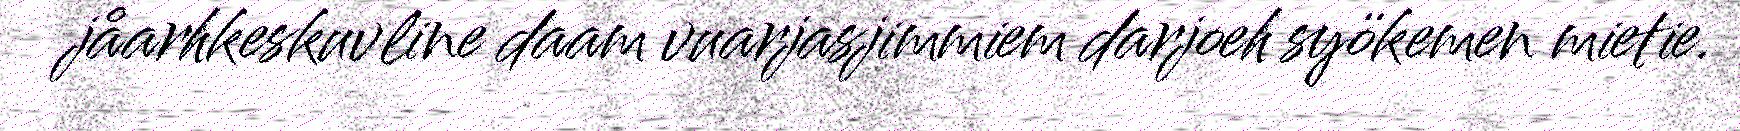
jåarhkeskuvline daam vuarjasjimmiem darjoeh syökemen mietie.